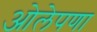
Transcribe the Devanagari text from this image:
ओलेपणा